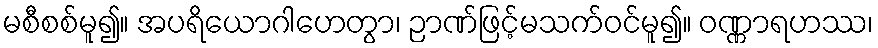
မစီစစ်မူ၍။ အပရိယောဂါဟေတွာ၊ ဉာဏ်ဖြင့်မသက်ဝင်မူ၍။ ဝဏ္ဏာရဟဿ၊